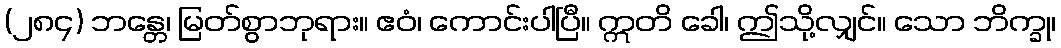
(၂၈၄) ဘန္တေ၊ မြတ်စွာဘုရား။ ဧဝံ၊ ကောင်းပါပြီ။ ဣတိ ခေါ၊ ဤသို့လျှင်။ သော ဘိက္ခု၊